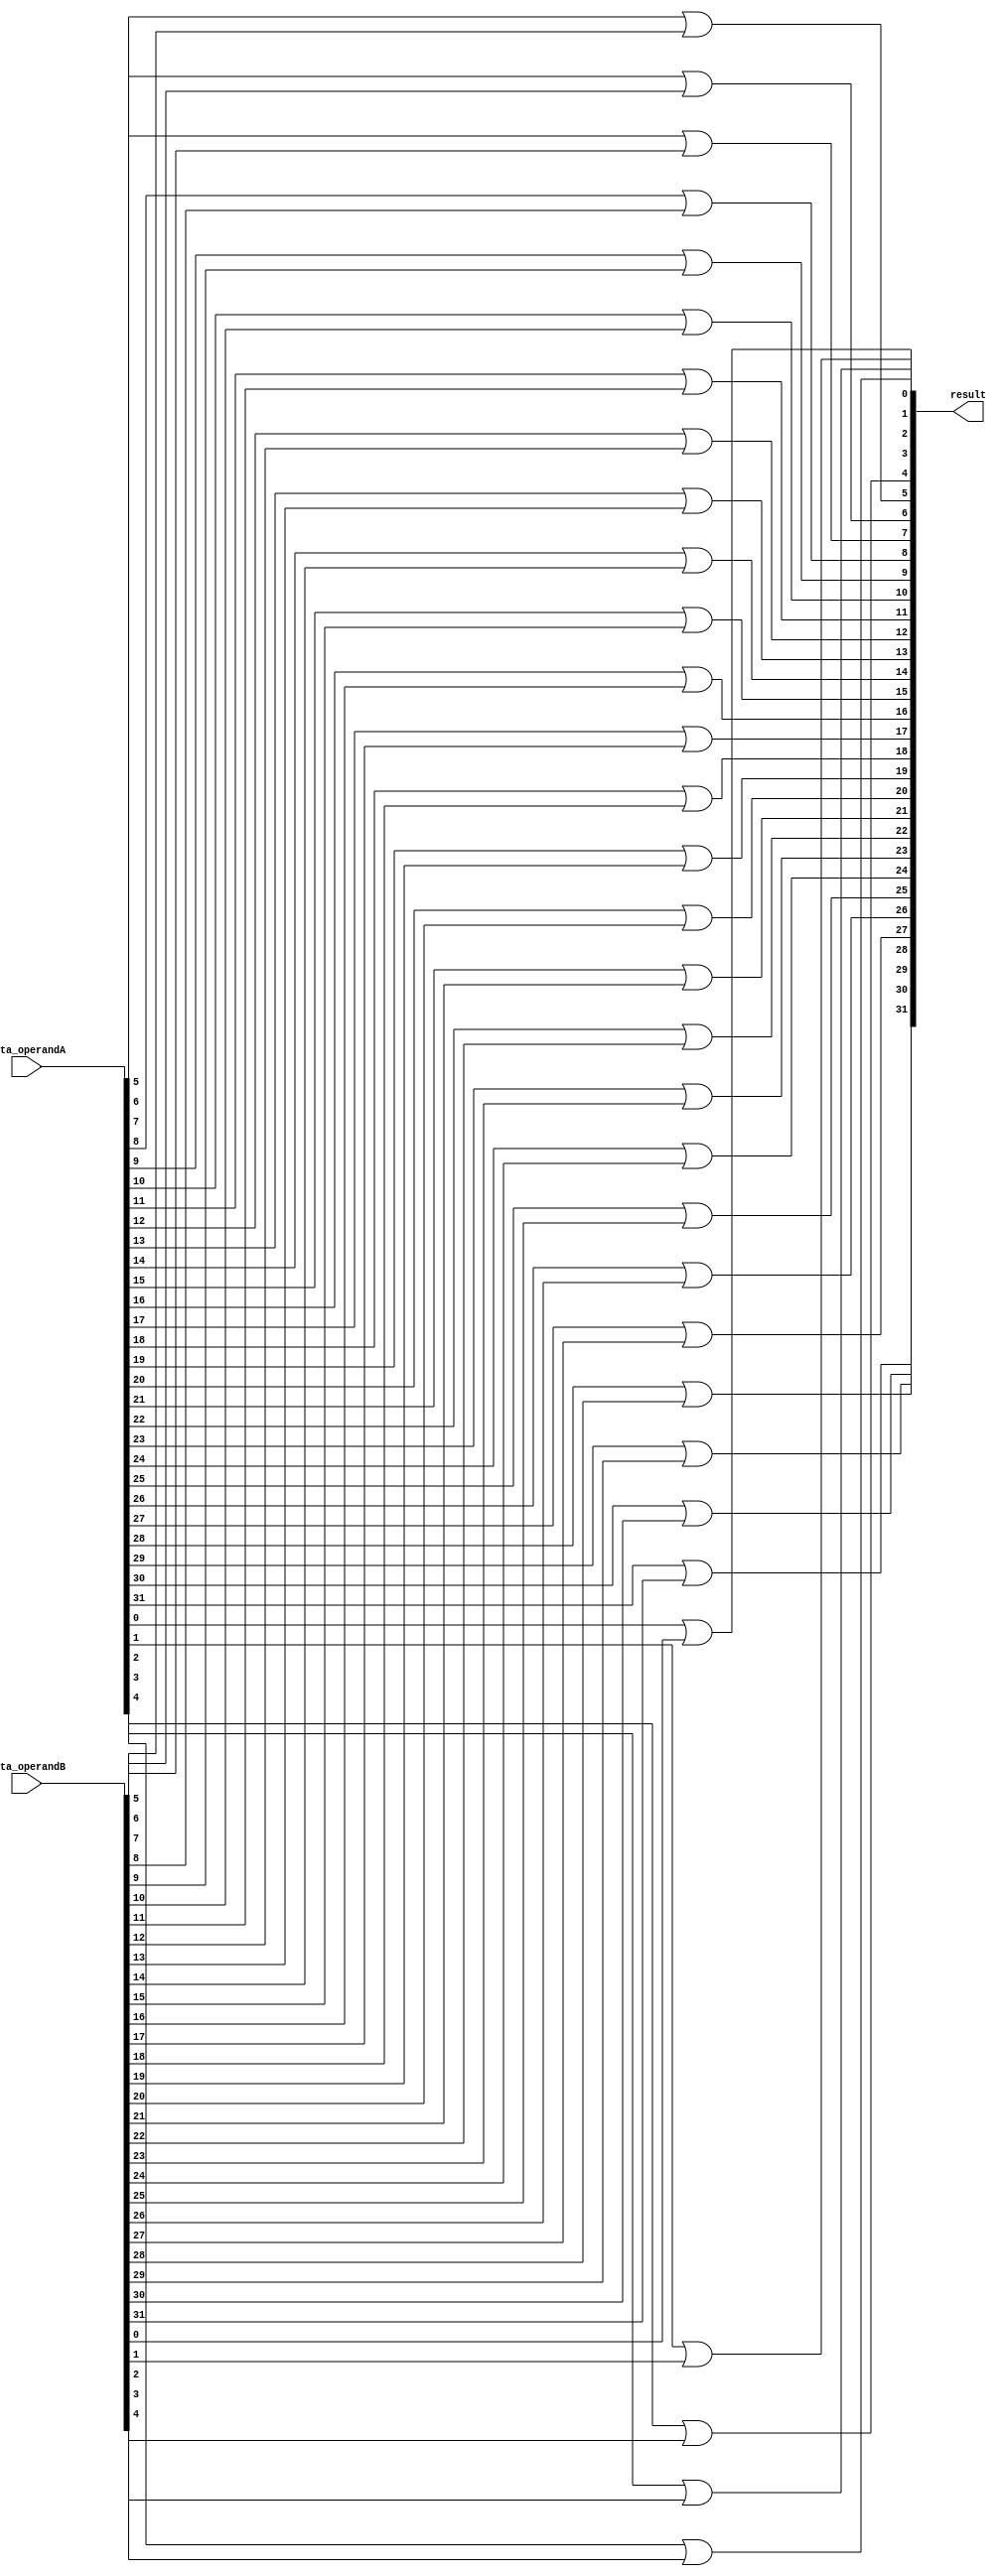
module thirty_two_bit_or(data_operandA, data_operandB, result);
	input [31:0] data_operandA, data_operandB;
	output [31:0] result;

	or or0(result[0], data_operandA[0], data_operandB[0]);
	or or1(result[1], data_operandA[1], data_operandB[1]);
	or or2(result[2], data_operandA[2], data_operandB[2]);
	or or3(result[3], data_operandA[3], data_operandB[3]);
	or or4(result[4], data_operandA[4], data_operandB[4]);
	or or5(result[5], data_operandA[5], data_operandB[5]);
	or or6(result[6], data_operandA[6], data_operandB[6]);
	or or7(result[7], data_operandA[7], data_operandB[7]);
	or or8(result[8], data_operandA[8], data_operandB[8]);
	or or9(result[9], data_operandA[9], data_operandB[9]);
	or or10(result[10], data_operandA[10], data_operandB[10]);
	or or11(result[11], data_operandA[11], data_operandB[11]);
	or or12(result[12], data_operandA[12], data_operandB[12]);
	or or13(result[13], data_operandA[13], data_operandB[13]);
	or or14(result[14], data_operandA[14], data_operandB[14]);
	or or15(result[15], data_operandA[15], data_operandB[15]);
	or or16(result[16], data_operandA[16], data_operandB[16]);
	or or17(result[17], data_operandA[17], data_operandB[17]);
	or or18(result[18], data_operandA[18], data_operandB[18]);
	or or19(result[19], data_operandA[19], data_operandB[19]);
	or or20(result[20], data_operandA[20], data_operandB[20]);
	or or21(result[21], data_operandA[21], data_operandB[21]);
	or or22(result[22], data_operandA[22], data_operandB[22]);
	or or23(result[23], data_operandA[23], data_operandB[23]);
	or or24(result[24], data_operandA[24], data_operandB[24]);
	or or25(result[25], data_operandA[25], data_operandB[25]);
	or or26(result[26], data_operandA[26], data_operandB[26]);
	or or27(result[27], data_operandA[27], data_operandB[27]);
	or or28(result[28], data_operandA[28], data_operandB[28]);
	or or29(result[29], data_operandA[29], data_operandB[29]);
	or or30(result[30], data_operandA[30], data_operandB[30]);
	or or31(result[31], data_operandA[31], data_operandB[31]);
endmodule